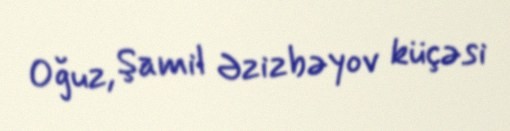
Oğuz, Şamil Əzizbəyov küçəsi